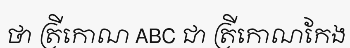
ថា ត្រីកោណ ABC ជា ត្រីកោណកែង